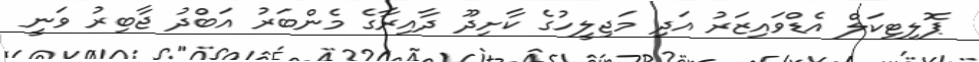
ޕޮލިޓިކަލް އެޑްވައިޒަރު އަދި މަޖިލީހުގެ ކާށިދޫ ދާއިރާގެ މެންބަރު އަބްދު ޖާބިރު ވަނީ